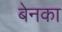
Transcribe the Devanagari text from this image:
बेनका